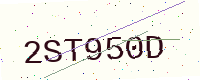
Text: 2ST950D